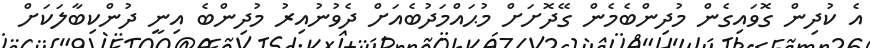
އެ ކުދިން ގޮވައިގެން މުދިންބެމެން ގޭދޮށަށް މުޙައްމަދުބެއަށް ދެވުނުއިރު މުދިންބެ އިނީ ދުންކިބާލަކަށް